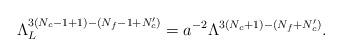
LaTeX: \begin{align*} \Lambda_L^{3(N_c-1+1)-(N_f-1+N_c')}=a^{-2}\Lambda^{3(N_c+1)-(N_f+N_c')}.\end{align*}